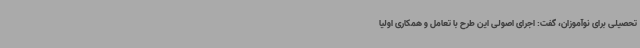
تحصیلی برای نوآموزان، گفت: اجرای اصولی این طرح با تعامل و همکاری اولیا